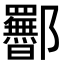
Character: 𬪥